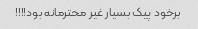
برخود پیک بسیار غیر محترمانه بود!!!!